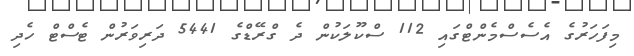
މިފަހަރުގެ އެސެސްމެންޓްގައި 112 ސްކޫލަކުން ދެ ގްރޭޑްގެ 5441 ދަރިވަރުން ޓެސްޓް ހެދި